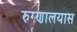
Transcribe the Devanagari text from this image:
रुग्णालयास